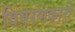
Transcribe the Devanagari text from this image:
विवरणकारो